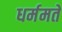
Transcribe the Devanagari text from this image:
धर्ममते